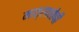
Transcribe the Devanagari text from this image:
मात्सातोषी